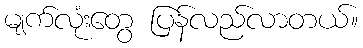
မျက်လုံးတွေ ပြန်လည်လာတယ်။